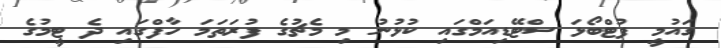
ގައުމީ ފުޓްބޯޅަ ސްޓޭޑިއަމްގައި ކުޅުނު މި މެޗުގެ ފުރަތަމަ ހާފްގައި ދެ ޓީމުގެ